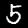
Label: 5